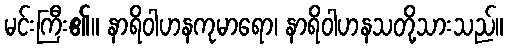
မင်းကြီး၏။ နာရိဝါဟနကုမာရော၊ နာရိဝါဟနသတို့သားသည်။